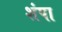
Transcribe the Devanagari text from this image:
शंपा